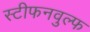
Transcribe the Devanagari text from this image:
स्टीफनवुल्फ